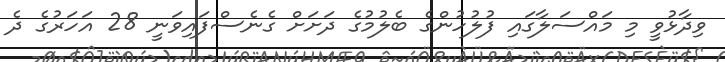
ވިދާޅުވީ މި މައްސަލާގައި ފުލުހުންގެ ބެލުމުގެ ދަށަށް ގެނެސްފައިވަނީ 28 އަހަރުގެ ދެ